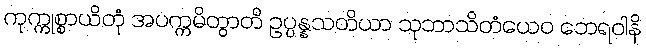
ကုက္ကုစ္စာယိတုံ အပက္ကမိတွာတိ ဥပ္ပန္နသတိယာ သုဘာသိတံယေဝ ဘေရဝါနိ